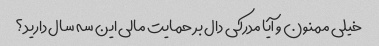
خیلی ممنون و آیا مدرکی دال بر حمایت مالی این سه سال دارید؟